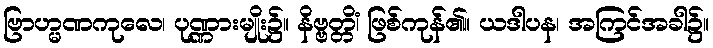
ဗြာဟ္မဏကုလေ၊ ပုဏ္ဏားမျိုး၌။ နိဗ္ဗတ္တိံ၊ ဖြစ်ကုန်၏။ ယဒါပန၊ အကြင်အခါ၌။